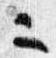
二